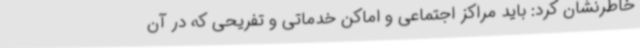
خاطرنشان کرد: باید مراکز اجتماعی و اماکن خدماتی و تفریحی که در آن